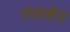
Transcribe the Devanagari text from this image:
तलक्षेत्र